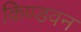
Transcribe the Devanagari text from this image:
किण्डवन